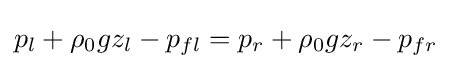
p_{l}+\rho _{0}gz_{l}-p_{fl}=p_{r}+\rho _{0}gz_{r}-p_{fr}